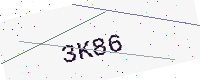
Text: 3K86